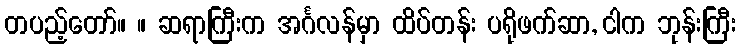
တပည့်တော်။ ။ ဆရာကြီးက အင်္ဂလန်မှာ ထိပ်တန်း ပရိုဖက်ဆာ, ငါက ဘုန်းကြီး